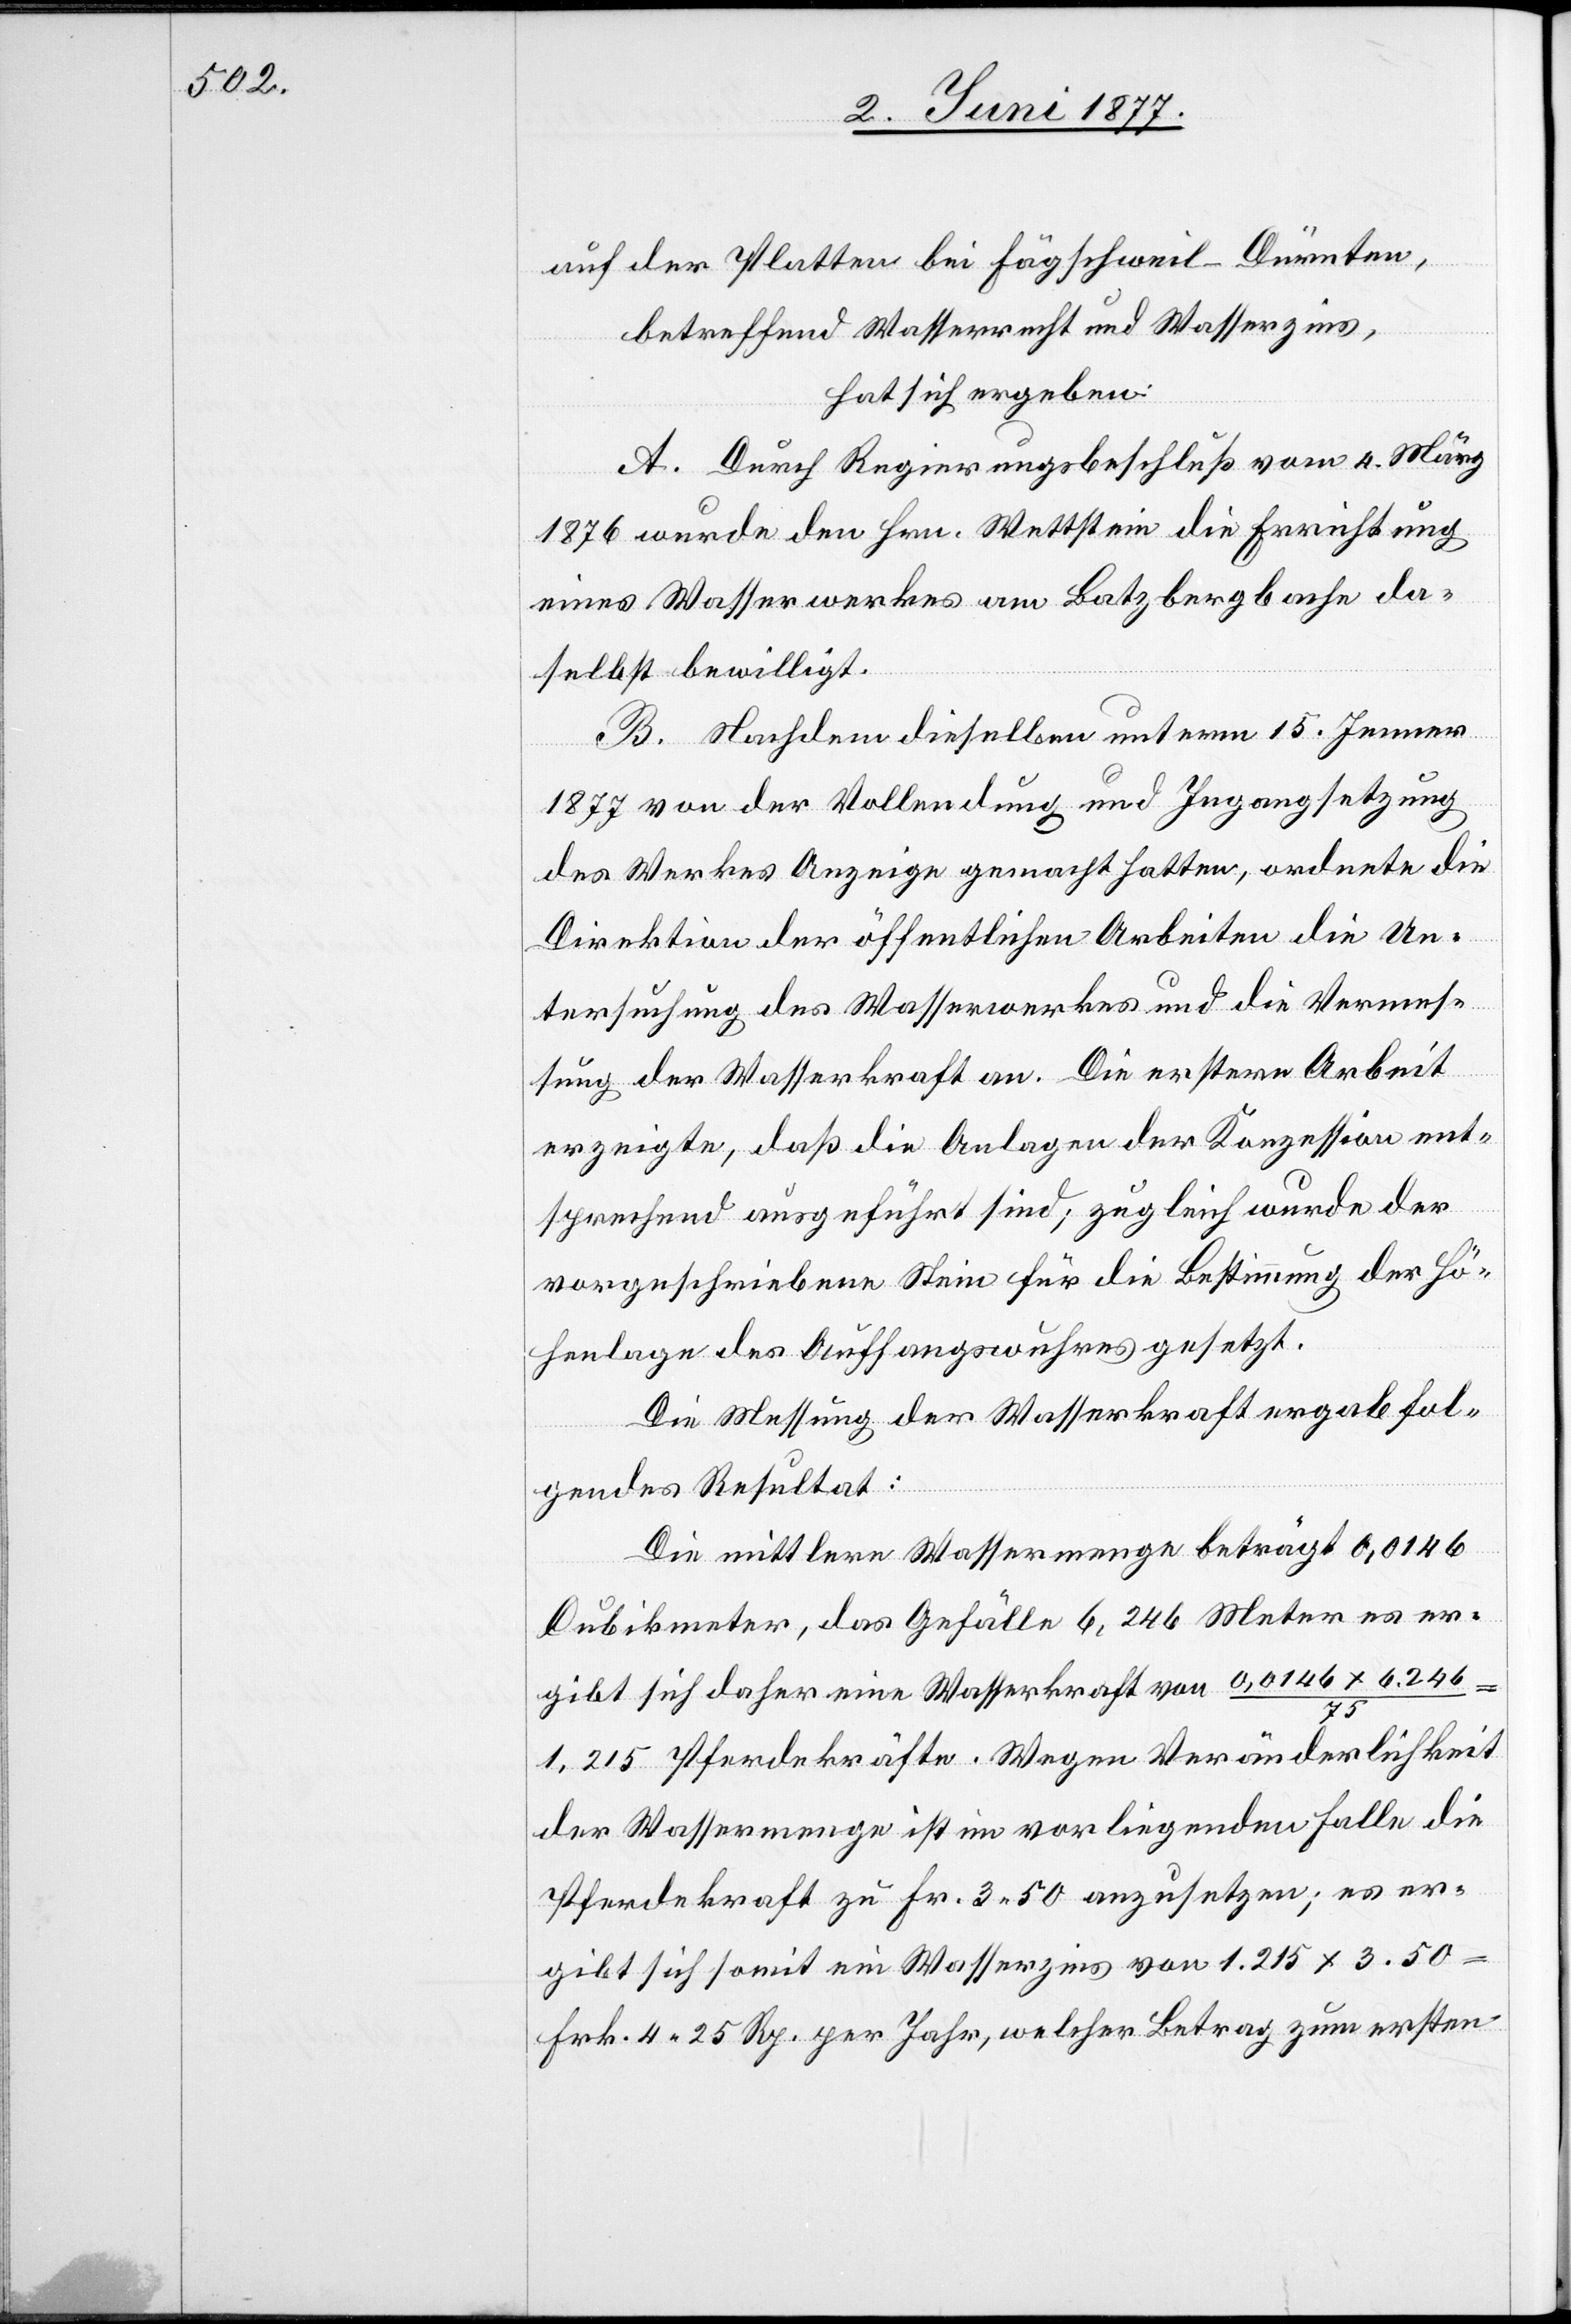
auf der Platten bei Fägschweil - Dürnten,
betreffend Wasserrecht und Wasserzins,
hat sich ergeben:
A. Durch Regierungsbeschluß vom 4. März
1876 wurde den Hrn. Wettstein die Errichtung
eines Wasserwerkes am Batzbergbache da¬
selbst bewilligt.
B. Nachdem dieselben unterm 15. Jenner
1877 von der Vollendung und Ingangsetzung
des Werkes Anzeige gemacht hatten, ordnete die
Direktion der öffentlichen Arbeiten die Un¬
tersuchung des Wasserwerkes und die Vermes¬
sung der Wasserkraft an. Die erstere Arbeit
erzeigte, daß die Anlagen der Konzession ent¬
sprechend ausgeführt sind; zugleich wurde der
vorgeschriebene Stein für die Bestimmung der Hö¬
henlage des Auffangswuhres gesetzt.
Die Messung der Wasserkraft ergab fol¬
gendes Resultat:
Die mittlere Wassermenge beträgt 0,0146
Cubikmeter, das Gefälle 6,246 Meter er er¬
gibt sich daher eine Wasserkraft von 0,0146 x 6,246
75
1,215 Pferdekräfte. Wegen Veränderlichkeit
der Wassermenge ist im vorliegenden Falle die
Pferdekraft zu Fr. 3 50 anzusetzen; es er¬
gibt sich somit ein Wasserzins von 1.215 x 3. 50
Frk. 4 25 Rp. per Jahr, welcher Betrag zum ersten